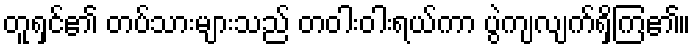
တူရှင်၏ တပ်သားများသည် တဝါးဝါးရယ်ကာ ပွဲကျလျက်ရှိကြ၏။